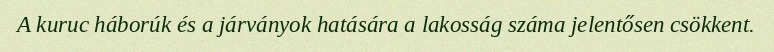
A kuruc háborúk és a járványok hatására a lakosság száma jelentősen csökkent.